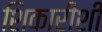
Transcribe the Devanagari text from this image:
शिकारीशी